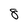
Character: 8